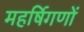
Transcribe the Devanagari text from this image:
महर्षिगणों